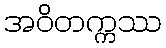
အဝိတက္ကဿ